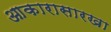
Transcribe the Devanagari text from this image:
आकारासारखा